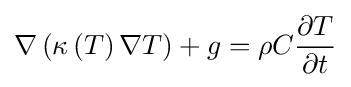
\nabla \left(\kappa \left(T\right)\nabla T\right)+g=\rho C{\frac {\partial T}{\partial t}}